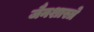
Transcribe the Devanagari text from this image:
जैनशास्त्रे